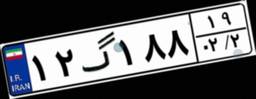
۱۲گ۱۸۸۱۹